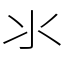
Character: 氺